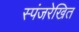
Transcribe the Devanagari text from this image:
स्पंजरेखित